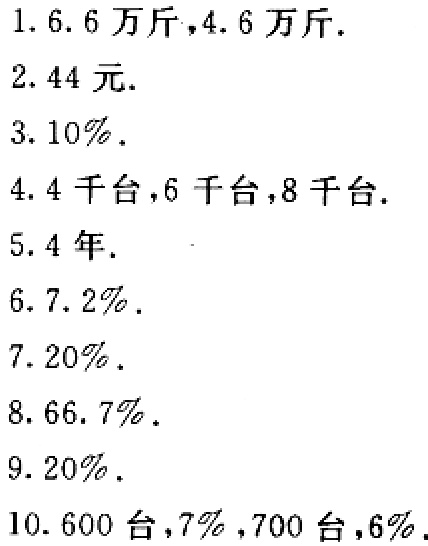
1. $6.6$万斤，$4.6$万斤.

2. $44$元.

3. $10\%$.

4. $4$千台，$6$千台，$8$千台.

5. $4$年.

6. $7.2\%$.

7. $20\%$.

8. $66.7\%$.

9. $20\%$.

10. $600$台，$7\%$，$700$台，$6\%$.